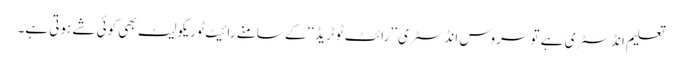
تعلیم انڈسٹری ہے تو سروس انڈسٹری ’’رائٹ ٹو ٹریڈ‘‘ کے سامنے رائیٹ ٹو ریگولیٹ بھی کوئی شے ہوتی ہے۔